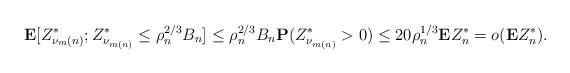
LaTeX: \begin{align*}\mathbf{E}[Z^*_{\nu_m(n)};Z^*_{\nu_{m(n)}}\leq\rho_n^{2/3}B_n]\leq \rho_n^{2/3}B_n\mathbf{P}(Z^*_{\nu_{m(n)}}>0)\leq 20\rho_n^{1/3}\mathbf{E}Z^*_{n}=o(\mathbf{E}Z^*_{n}).\end{align*}